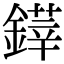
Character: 𨫽